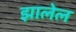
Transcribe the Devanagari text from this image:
झालेल